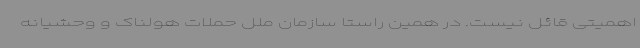
اهمیتی قائل نیست. در همین راستا سازمان ملل حملات هولناک و وحشیانه